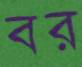
বর